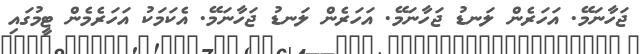
ޖަހާނަމޭ. އަހަރެން ލަނޑު ޖަހާނަމޭ. އަހަރެން ލަނޑު ޖަހާނަމޭ. އެކަމަކު އަހަރެމެން ޓީމުގައި